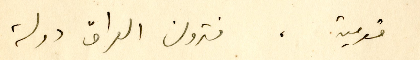
قومية، فترون العراق دولة